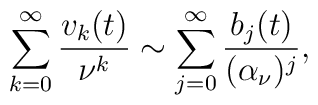
\sum_{k=0}^{\infty}{v_{k}(t)\over \nu^{k}} \sim\sum_{j=0}^{\infty}{b_{j}(t)\over (\alpha_{\nu})^{j}},